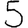
Digit: 5